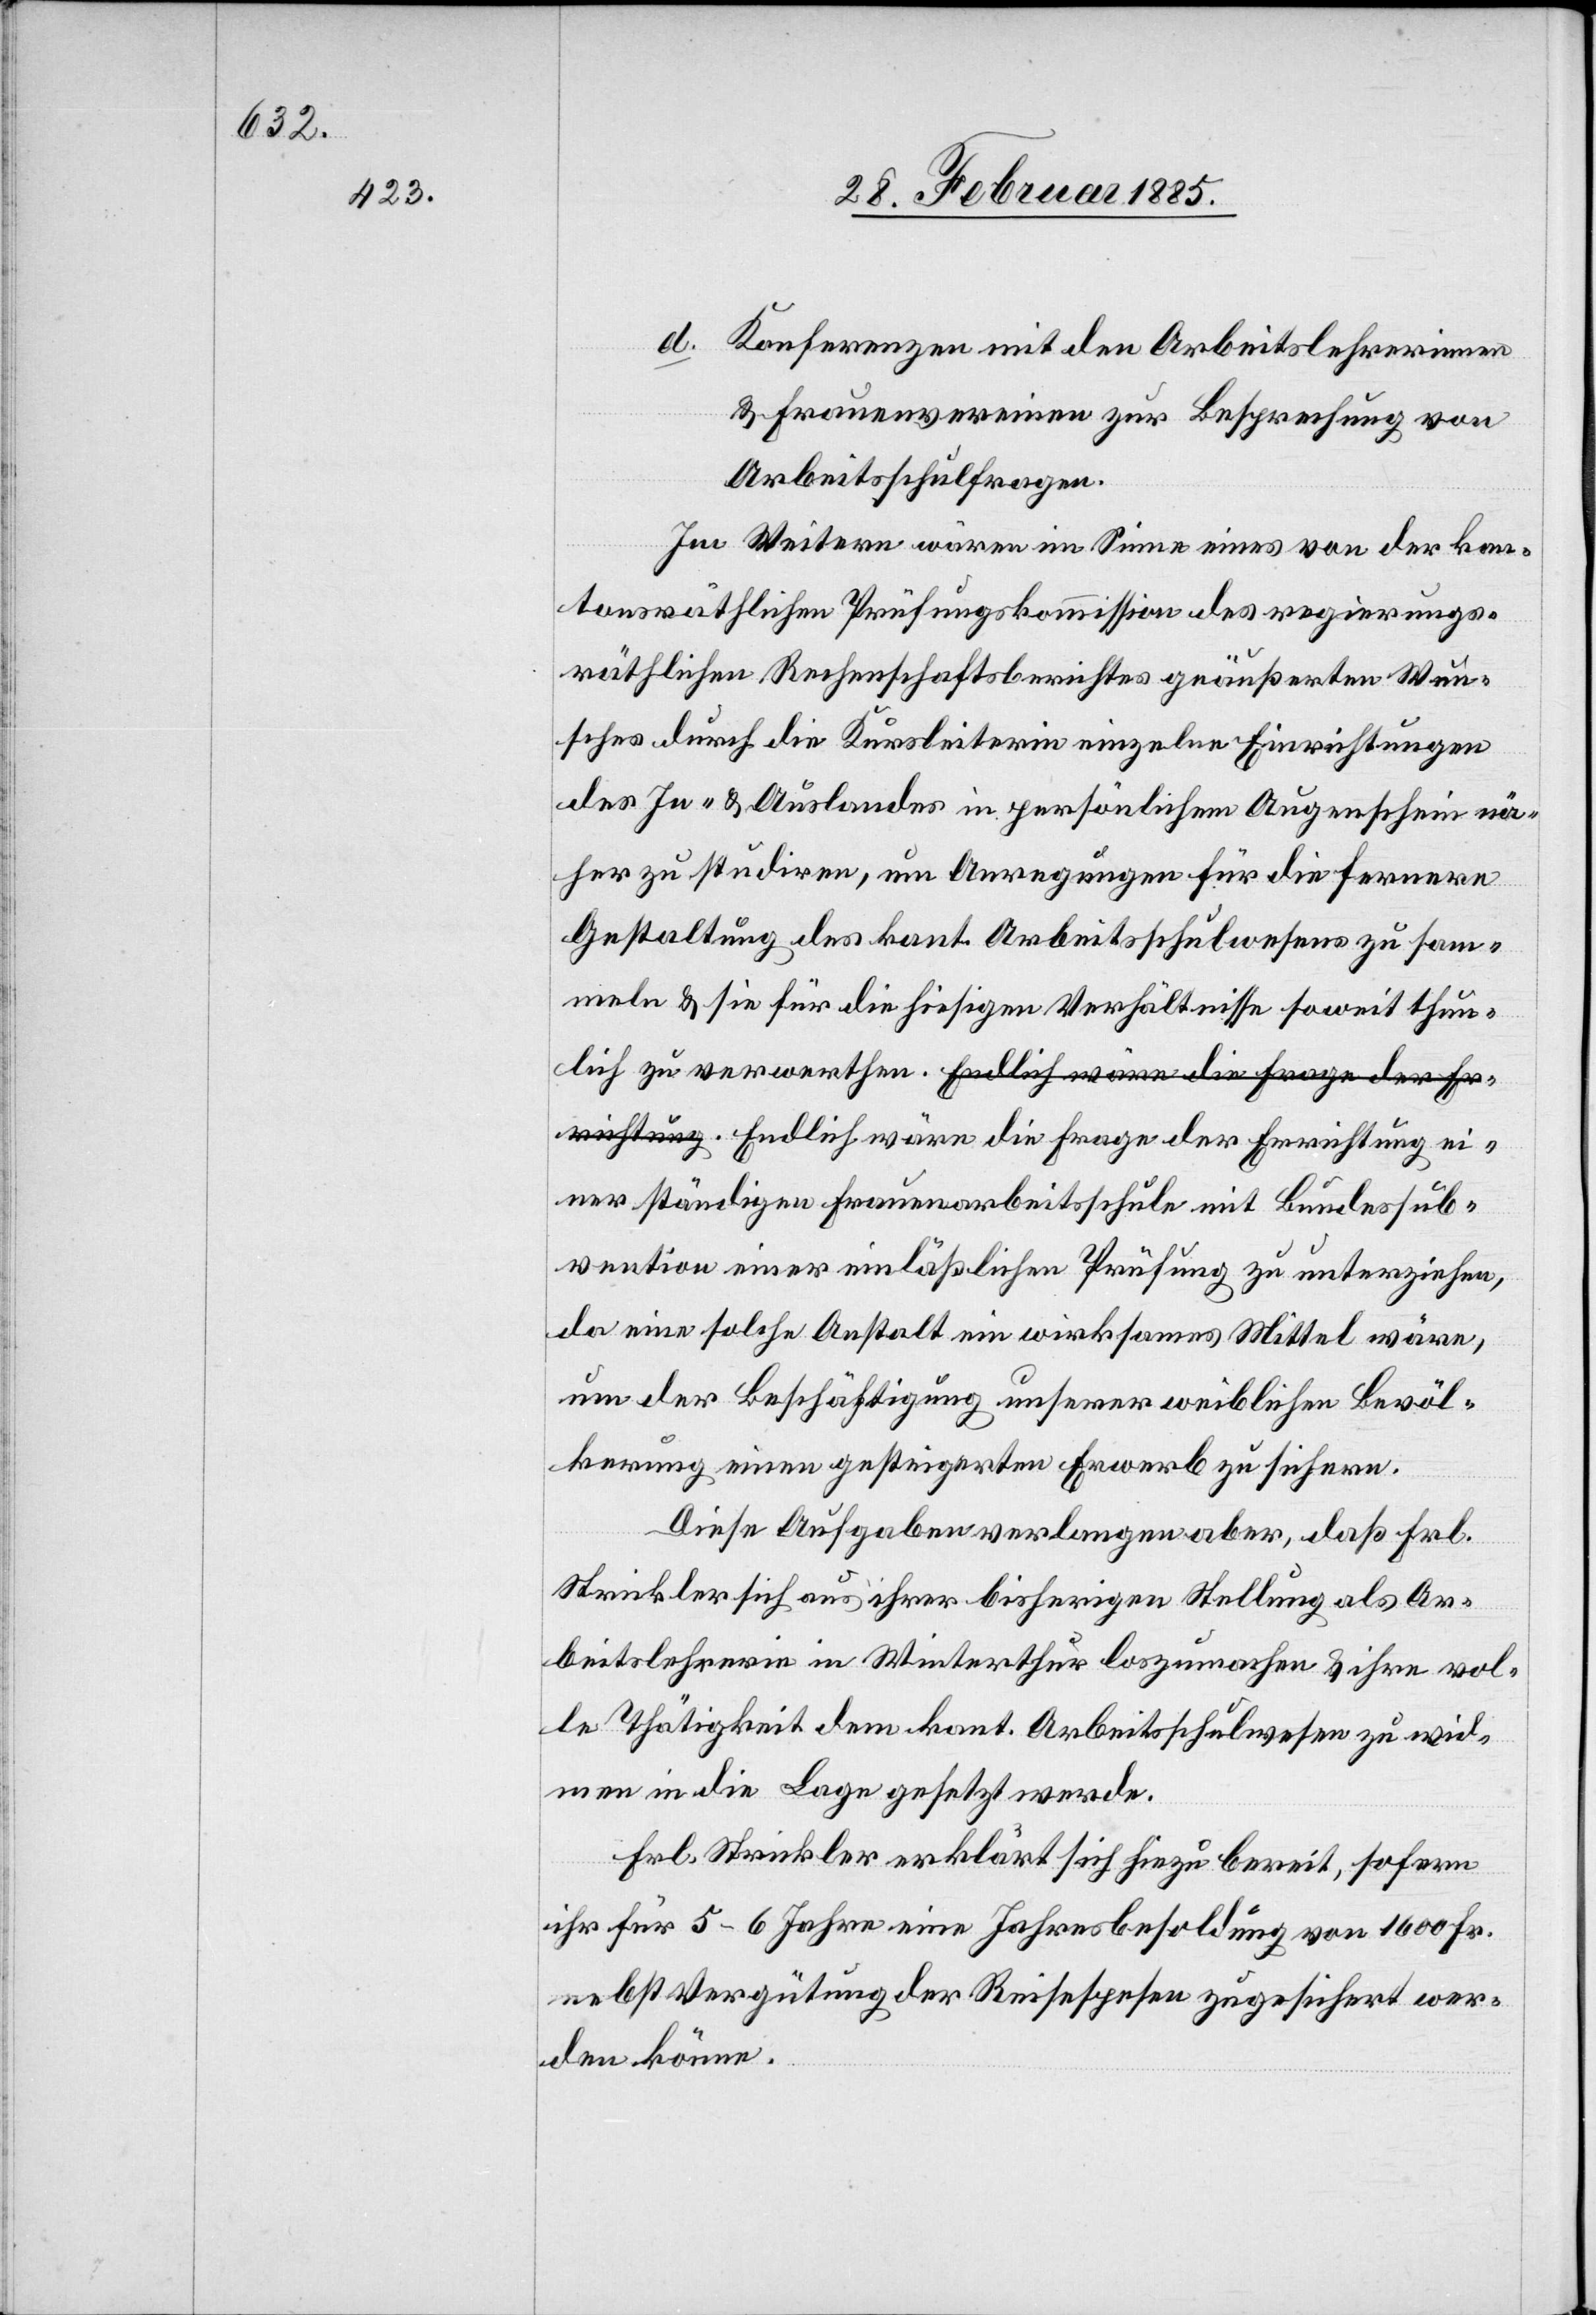
lich

Konferenzen mit den Arbeitslehrerinnen
& Frauenvereinen zur Besprechung von
Arbeitsschulfragen.
Im Weitern wären im Sinne eines von der kan¬
tonsräthlichen Prüfungskommission des regierungs¬
räthlichen Rechenschaftsberichtes geäußerten Wun¬
sches durch die Kursleiterin einzelne Einrichtungen
des In- & Auslandes in persönlichem Augenschein nä¬
her zu studiren, um Anregungen für die fernere
Gestaltung des kant. Arbeitsschulwesens zu sam¬
meln & sie für die hiesigen Verhältnisse sowie thun¬
einer ständigen Frauenarbeitsschule mit Bundessub¬
vention einer einläßlichen Prüfung zu unterziehen,
da eine solche Anstalt ein wirksames Mittel wäre,
um der Beschäftigung unserer weiblichen Bevöl¬
kerung einen gesteigerten Erwerb zu sichern.
Diese Aufgaben verlangen aber, daß Frl.
Strickler sich aus ihrer bisherigen Stellung als Ar¬
beitslehrerin in Winterthur loszumachen & ihre vol¬
le Thätigkeit dem kant. Arbeitsschulwesen zu wid¬
men in die Lage gesetzt werde.
Frl. Strickler erklärt sich hiezu bereit, sofern
ihr für 5–6 Jahre eine Jahresbesoldung von 1600 Fr.
nebst Vergütung der Reisespesen zugesichert wer¬
den könne.